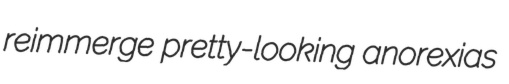
reimmerge pretty-looking anorexias